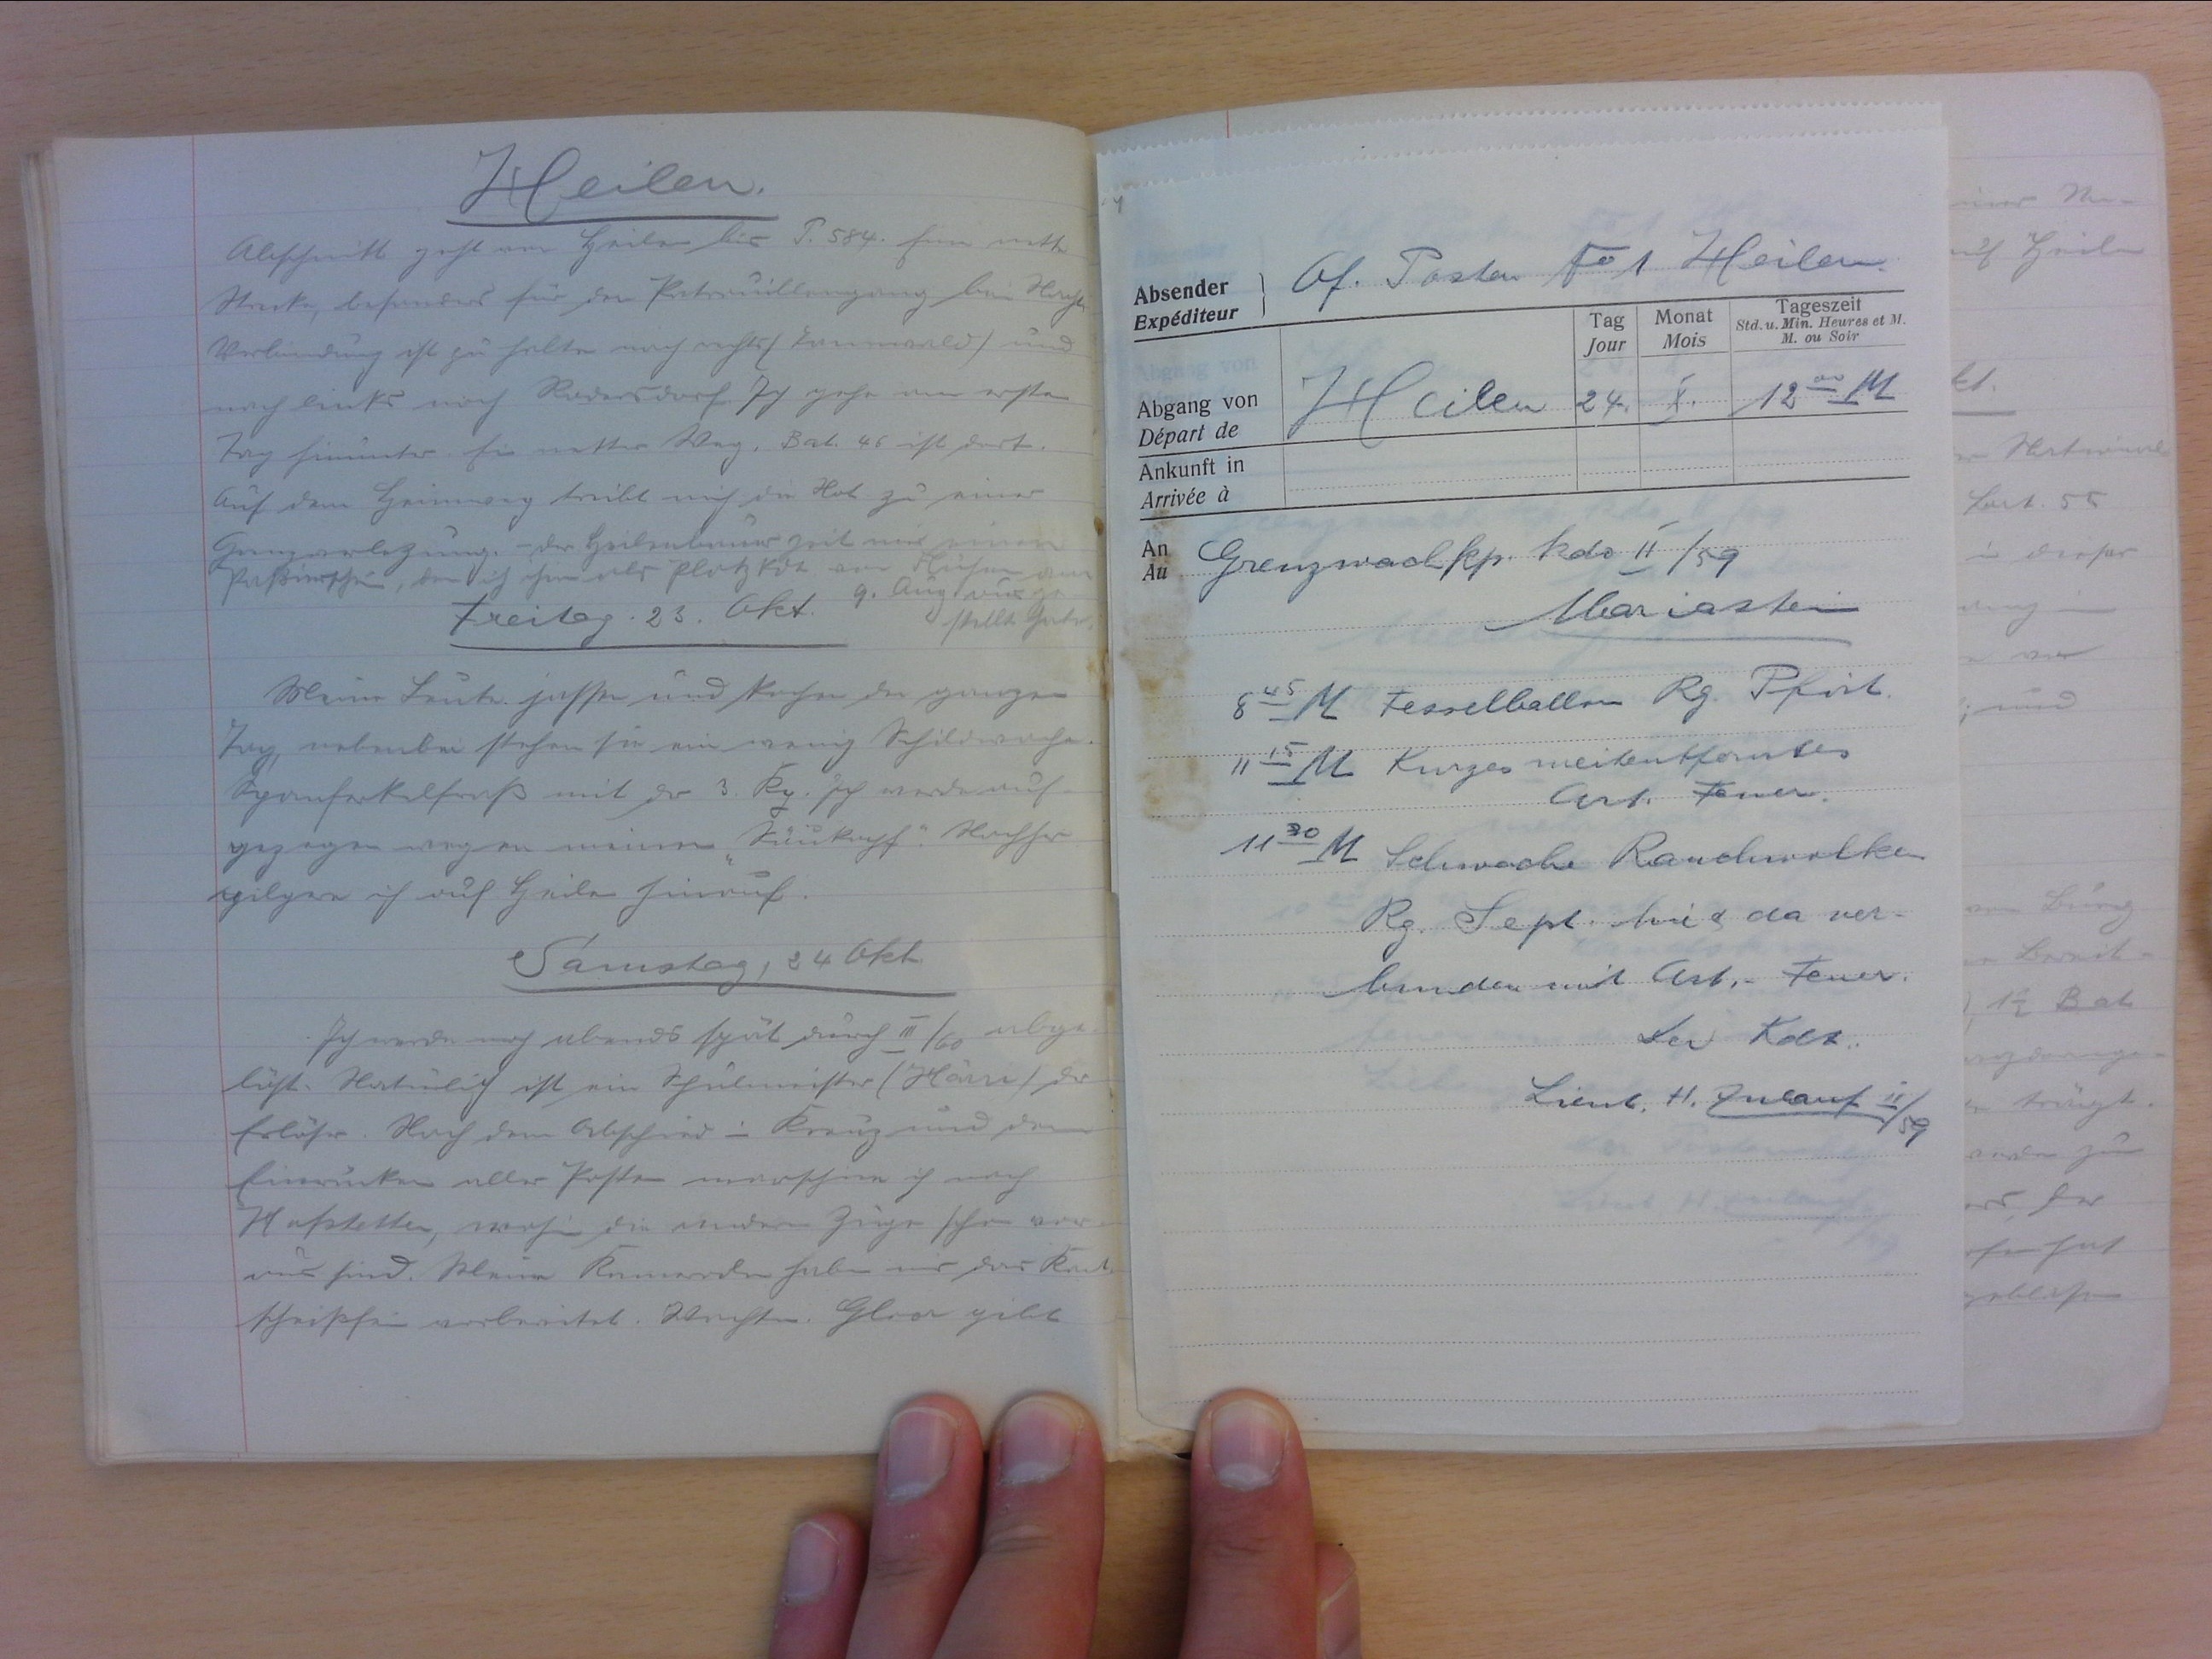
Heilen
Abschnitt geht von Heilen bis P. 584. Eine nette
Strecke, besonders für den Patrouillengang bis Hachen
Verbindung ist zu halten nach rechts (Tannwald) und
nach links nach Rodersdorf. Ich gehe am ersten
Tag hinunter. Ein netter Weg. Bat. 46 ist dort.
Auf dem Heimweg treibt mich die Not zu einer
Grenzverletzung. - der Heilenbauer zeit mir einen
Passierschein, den ich ihm als Platz Kdt am Flühen am
9. August ausge-
stellt habe.
Freitag, 23. Okt.
Meine Leute jassen und kochen den ganzen
Tag, nebenbei stehen sie ein wenig Schildwache.
Spanferkelfrass mit der 3. Kp. Ich werde auf
gezegen wegen meinem "Käukopf". Nachher
pilgere ich nach Heilen hinauf.
Samstag, 24. Okt.
Ich werde noch abends spät durch III/59 abge-
löst. Natürlich ist ein Schulmeister (Häni) der
Erlöser. Nach dem Abschied in Kreuz und dem
Einrücken aller Posten marschiere ich nach
Hofstetten, wohin die andern Züe schen vor-
aus sind. Meine Kameraden haben uns das Kant.
scheissfein vorbereitet. Wachtm. Gloor gibt